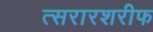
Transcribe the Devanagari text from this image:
त्सरारशरीफ